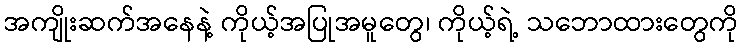
အကျိုးဆက်အနေနဲ့ ကိုယ့်အပြုအမူတွေ၊ ကိုယ့်ရဲ့ သဘောထားတွေကို